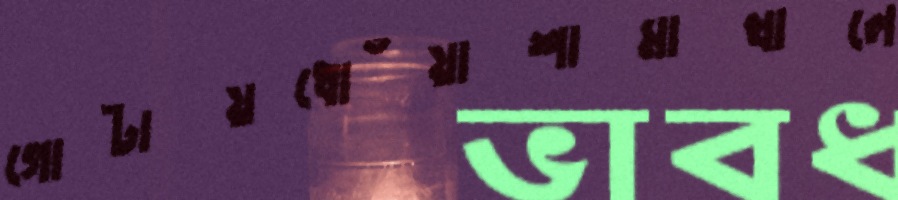
গোটায়ধোঁয়াশামাখালে